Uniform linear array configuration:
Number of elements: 16
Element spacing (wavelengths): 0.75
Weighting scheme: binomial
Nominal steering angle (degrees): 0
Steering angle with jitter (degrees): -1.912
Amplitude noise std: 0.05
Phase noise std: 0.05

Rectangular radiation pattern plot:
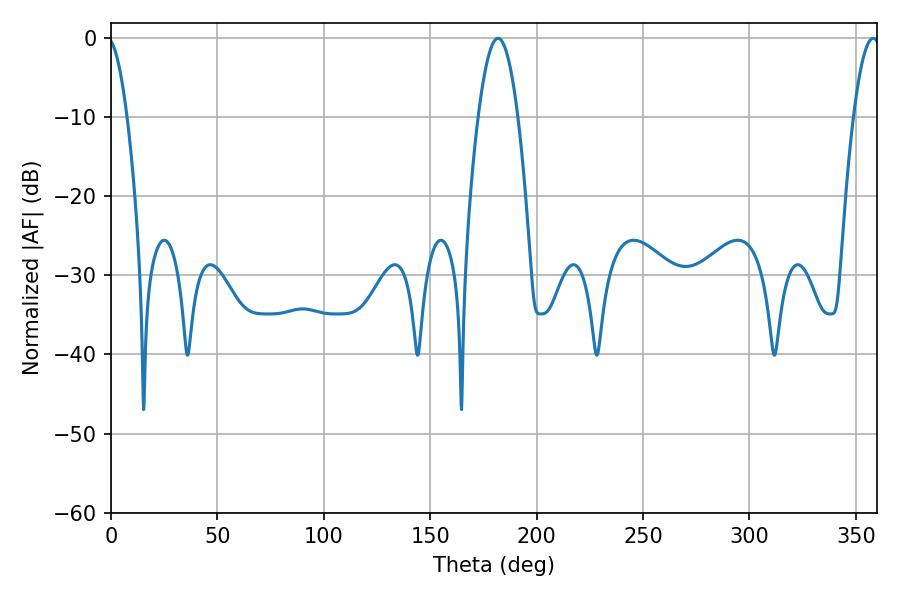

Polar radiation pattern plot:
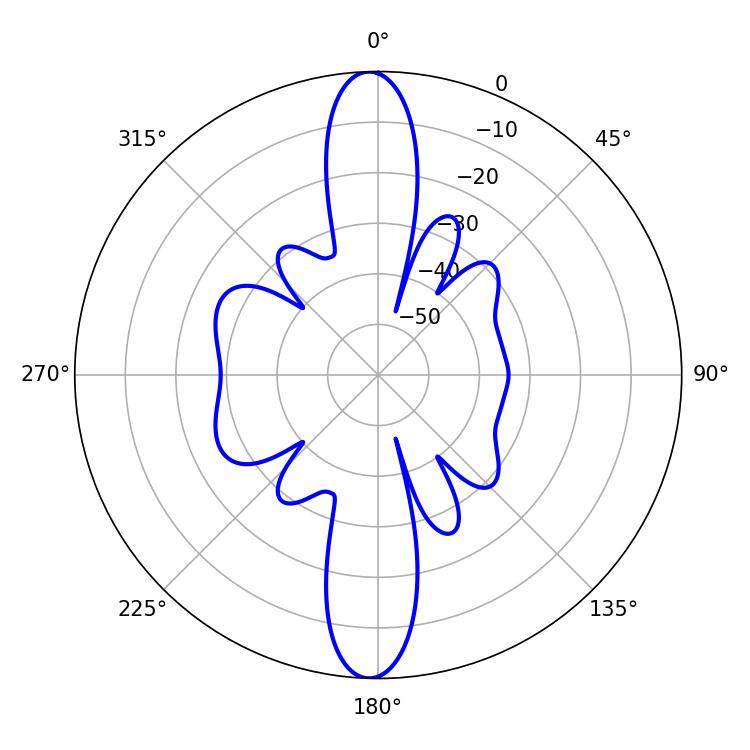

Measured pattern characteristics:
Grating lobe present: TRUE
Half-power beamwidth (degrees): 10.26
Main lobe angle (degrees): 181.8